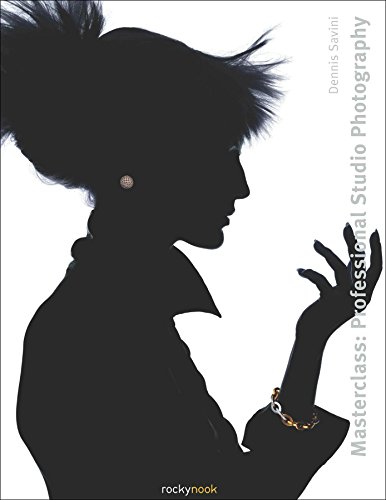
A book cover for Masterclass: Professional Studio Photography (Masterclass (Rocky Nook)); Dennis Savini; Arts & Photography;